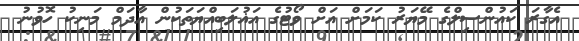
އެގާރަ ކައުންސިލްގެ މޭޔަރު ކަމަށް އަށް ވޯޓުގެ އަޣުލަބިއްޔަތަކުން އާދަމް މަނިކު ހޮވުނު